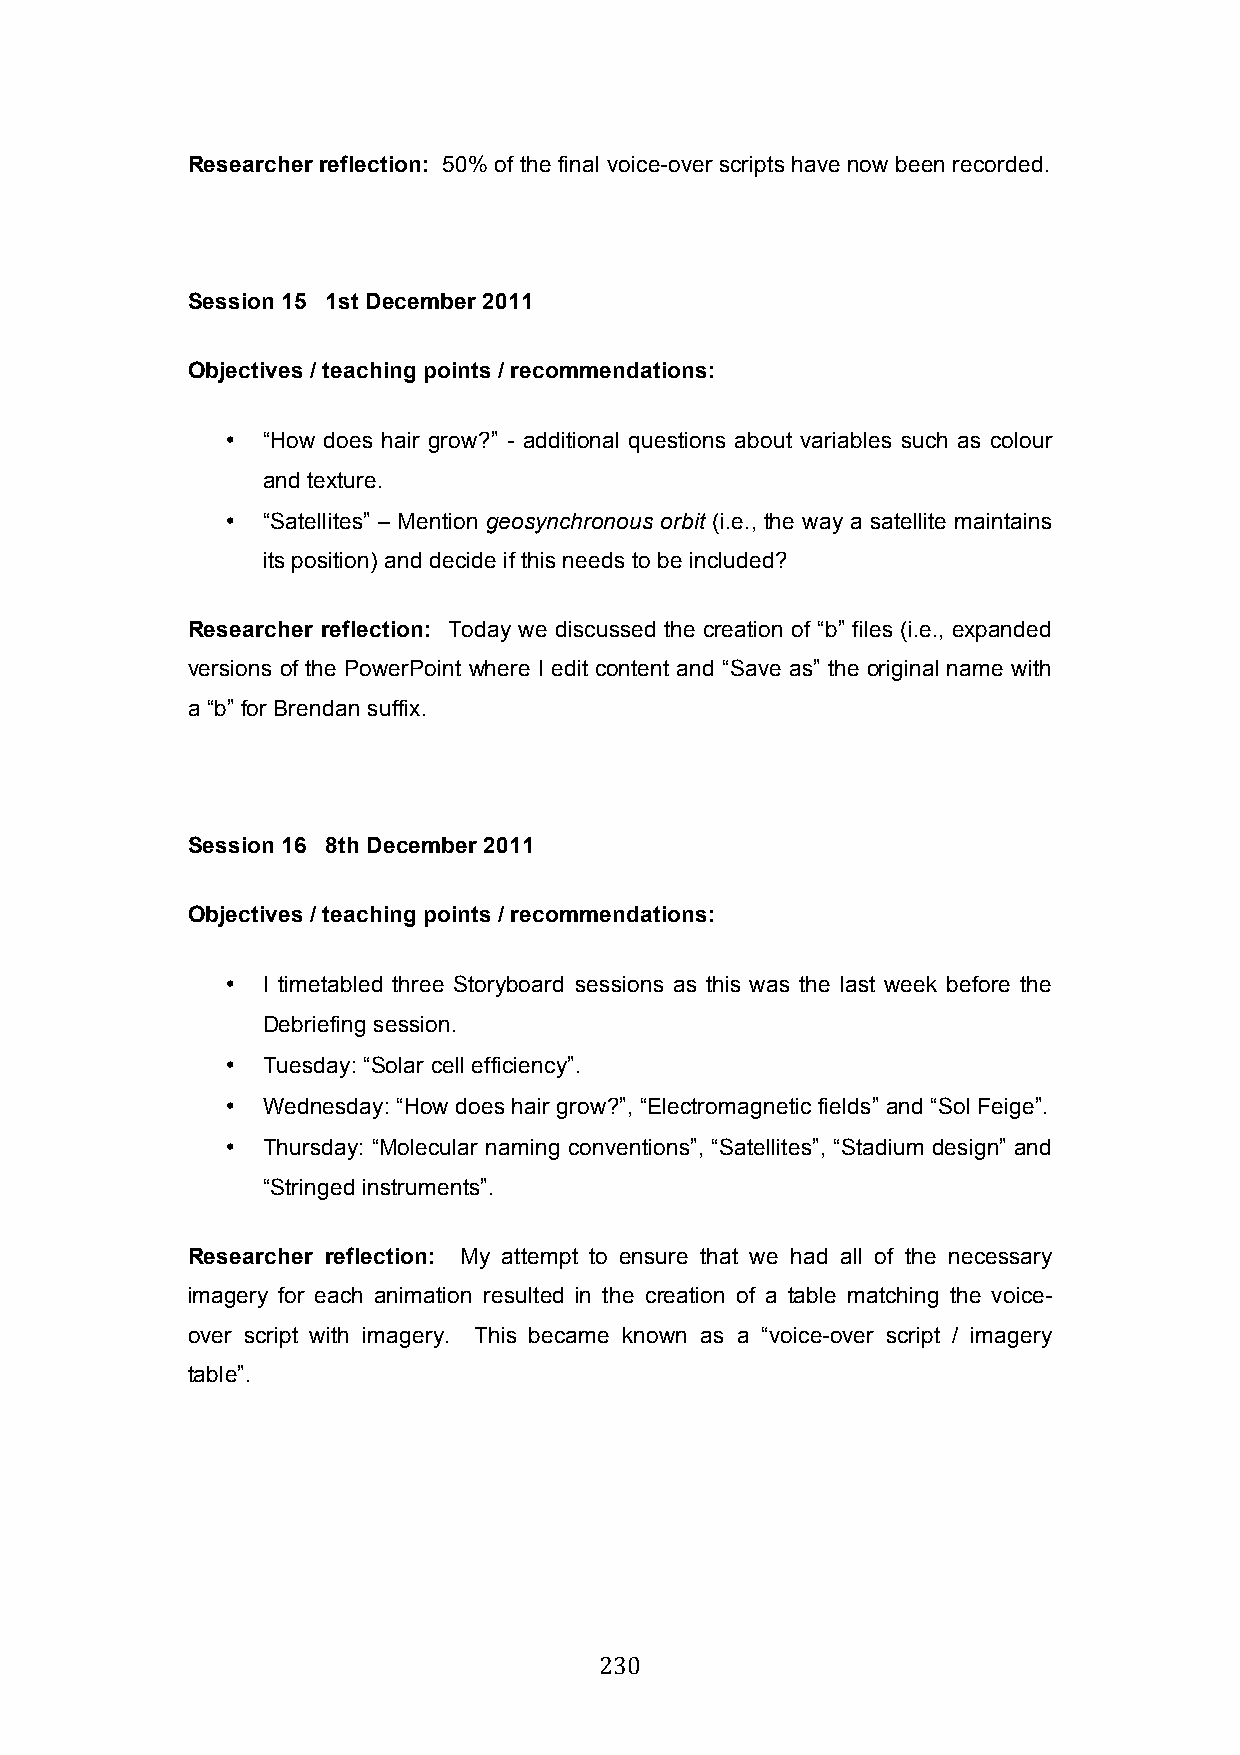
Researcher reflection: 50% of the final voice-over scripts have now been recorded.
 Session 15 1st December 2011
 Objectives / teaching points / recommendations:
 • “How does hair grow?” - additional questions about variables such as colour
 and texture.
 • “Satellites” – Mention geosynchronous orbit (i.e., the way a satellite maintains
 its position) and decide if this needs to be included?
 Researcher reflection: Today we discussed the creation of “b” files (i.e., expanded
 versions of the PowerPoint where I edit content and “Save as” the original name with
 a “b” for Brendan suffix.
 Session 16 8th December 2011
 Objectives / teaching points / recommendations:
 • I timetabled three Storyboard sessions as this was the last week before the
 Debriefing session.
 • Tuesday: “Solar cell efficiency”.
 • Wednesday: “How does hair grow?”, “Electromagnetic fields” and “Sol Feige”.
 • Thursday: “Molecular naming conventions”, “Satellites”, “Stadium design” and
 “Stringed instruments”.
 Researcher reflection: My attempt to ensure that we had all of the necessary
 imagery for each animation resulted in the creation of a table matching the voice-
 over script with imagery. This became known as a “voice-over script / imagery
 table”.
 230